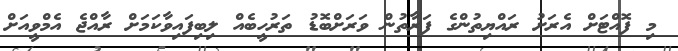
މި ފޮއްޓަށް އެރަށު ރައްޔިތުންގެ ފަރާތުން ވަރަށްބޮޑު ތަރުހީބެއް ލިބިފައިވާކަމަށް ރާއްޖެ އެމްވީއަށް